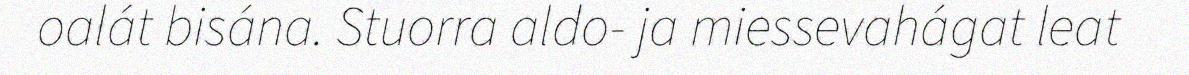
oalát bisána. Stuorra aldo- ja miessevahágat leat